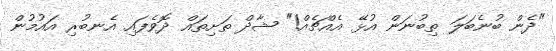
"ދެން ބުނެބަލަ ތިބުނަން އުޅޭ އެއްޗެއް!" ޝާދް ތަށިތައް ދޮވެފައި އެނބުރި އައުމުން